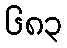
၆၈၃